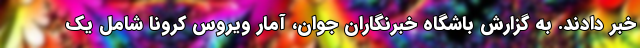
خبر دادند. به گزارش باشگاه خبرنگاران جوان، آمار ویروس کرونا شامل یک